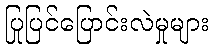
ပြုပြင်ပြောင်းလဲမှုများ